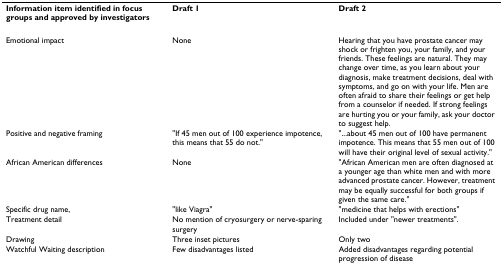
| Information item identified in focus groups and approved by investigators | Draft 1 | Draft 2 |
 | --- | --- | --- |
 | Emotional impact | None | Hearing that you have prostate cancer may shock or frighten you, your family, and your friends. These feelings are natural. They may change over time, as you learn about your diagnosis, make treatment decisions, deal with symptoms, and go on with your life. Men are often afraid to share their feelings or get help from a counselor if needed. If strong feelings are hurting you or your family, ask your doctor to suggest help. |
 | Positive and negative framing | "If 45 men out of 100 experience impotence, this means that 55 do not." | "...about 45 men out of 100 have permanent impotence. This means that 55 men out of 100 will have their original level of sexual activity." |
 | African American differences | None | "African American men are often diagnosed at a younger age than white men and with more advanced prostate cancer. However, treatment may be equally successful for both groups if given the same care." |
 | Specific drug name, | "like Viagra" | "medicine that helps with erections" |
 | Treatment detail | No mention of cryosurgery or nerve-sparing surgery | Included under "newer treatments". |
 | Drawing | Three inset pictures | Only two |
 | Watchful Waiting description | Few disadvantages listed | Added disadvantages regarding potential progression of disease |